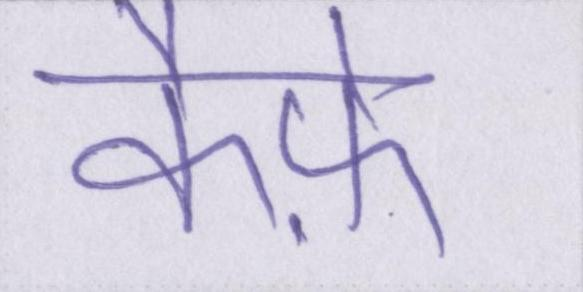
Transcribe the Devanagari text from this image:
कैफ़े